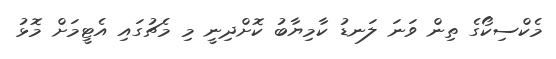
މެކްސިކޯގެ ތިން ވަނަ ލަނޑު ކާމިޔާބު ކޮށްދިނީ މި މެޗުގައި އެޓީމަށް މޮޅު